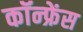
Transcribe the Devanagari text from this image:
कॉन्‍फ्रेंस